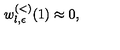
w _ { l , \epsilon } ^ { ( < ) } ( 1 ) \approx 0 ,